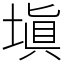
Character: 塡